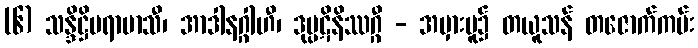
(၆) သန္ဒိဋ္ဌိပရာမာသီ၊ အာဒါနဂ္ဂါဟီ၊ ဒုပ္ပဋိနိဿဂ္ဂီ - အမှားမူ၌ တယူသန် တဇောက်ကမ်း